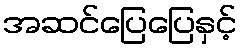
အဆင်ပြေပြေနှင့်